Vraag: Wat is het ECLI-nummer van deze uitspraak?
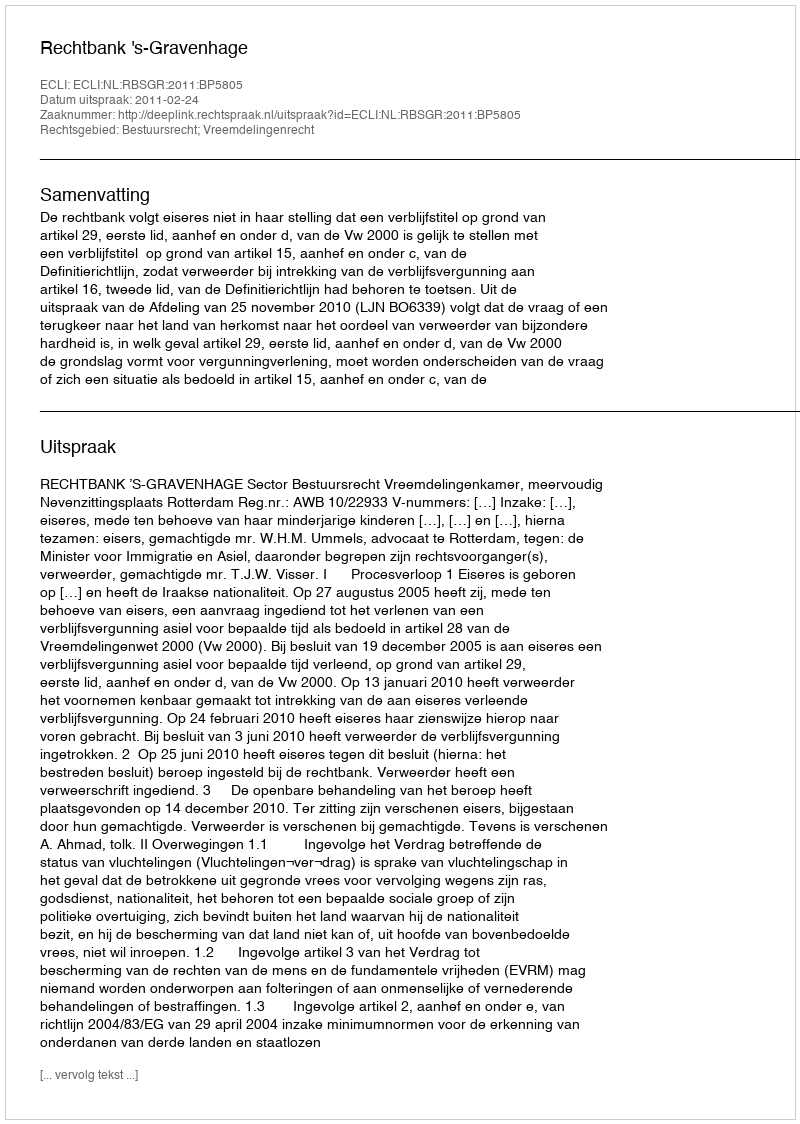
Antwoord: ECLI:NL:RBSGR:2011:BP5805